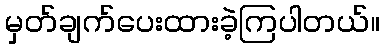
မှတ်ချက်ပေးထားခဲ့ကြပါတယ်။